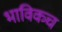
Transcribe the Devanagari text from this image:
भाविकच